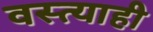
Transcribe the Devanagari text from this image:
वस्त्याही